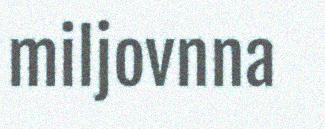
miljovnna